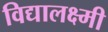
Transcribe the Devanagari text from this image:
विद्यालक्ष्मी